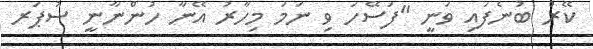
ކޭރް ބުނެފައި ވަނީ "ފަސޭހަ ވި ނަމަ މިހާރު އޭނާ ހުންނާނީ ސުޕަރ